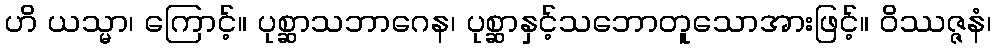
ဟိ ယသ္မာ၊ ကြောင့်။ ပုစ္ဆာသဘာဂေန၊ ပုစ္ဆာနှင့်သဘောတူသောအားဖြင့်။ ဝိဿဇ္ဇနံ၊